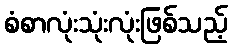
စံစာလုံးသုံးလုံးဖြစ်သည့်